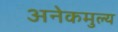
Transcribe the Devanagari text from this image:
अनेकमुल्य